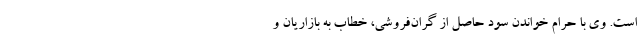
است. وی با حرام خواندن سود حاصل از گران‌فروشی، خطاب به بازاریان و